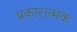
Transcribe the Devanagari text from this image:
प्रकारात्मक